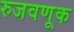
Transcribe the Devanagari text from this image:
रुजवणूक